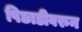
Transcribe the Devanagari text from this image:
पिछाडीवरुन